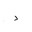
Letter: _dal